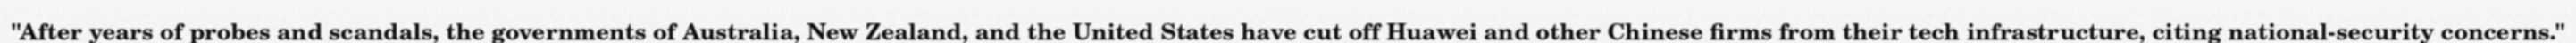
"After years of probes and scandals, the governments of Australia, New Zealand, and the United States have cut off Huawei and other Chinese firms from their tech infrastructure, citing national-security concerns."